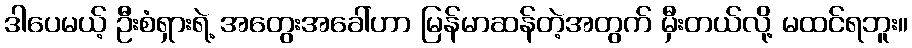
ဒါပေမယ့် ဦးစံရှားရဲ့ အတွေးအခေါ်ဟာ မြန်မာဆန်တဲ့အတွက် မှီးတယ်လို့ မထင်ရဘူး။